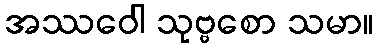
အဿဝေါ သုဗ္ဗစော သမာ။